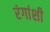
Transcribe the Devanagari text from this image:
रंगांशी